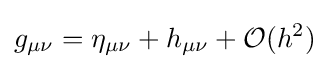
g_{\mu \nu }=\eta _{\mu \nu }+h_{\mu \nu }+{\mathcal {O}}(h^{2})